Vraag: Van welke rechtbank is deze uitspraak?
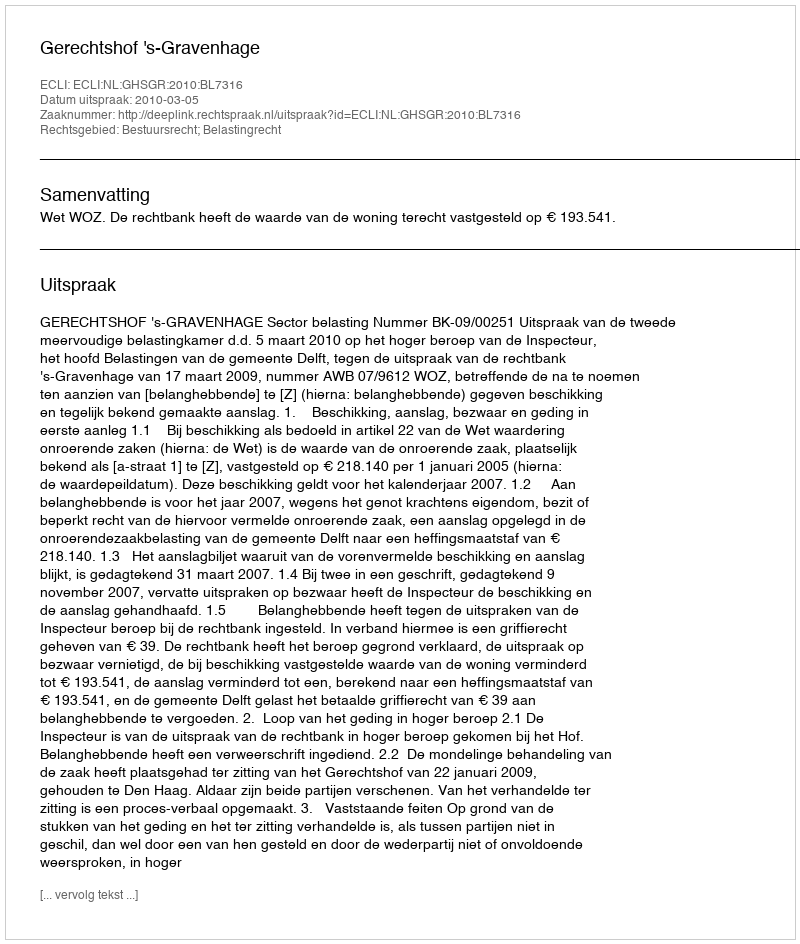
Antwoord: Gerechtshof 's-Gravenhage